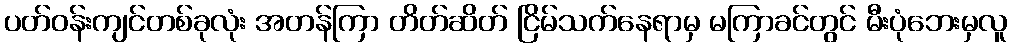
ပတ်ဝန်းကျင်တစ်ခုလုံး အတန်ကြာ တိတ်ဆိတ် ငြိမ်သက်နေရာမှ မကြာခင်တွင် မီးပုံဘေးမှလူ